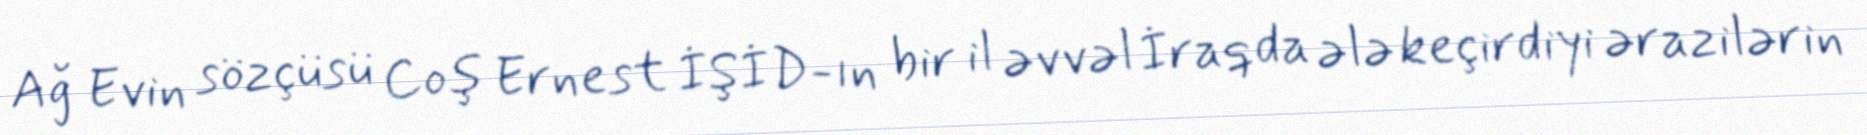
Ağ Evin sözçüsü Coş Ernest İŞİD-ın bir il əvvəl İraqda ələ keçirdiyi ərazilərin